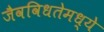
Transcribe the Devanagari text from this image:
जैवविधतेमध्ये